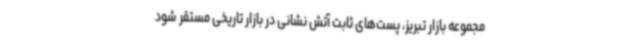
مجموعه بازار تبریز، پست‌های ثابت آتش نشانی در بازار تاریخی مستقر شود